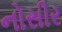
નોસીર